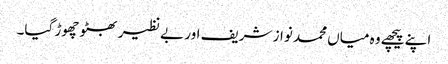
اپنے پیچھے وہ میاں محمد نواز شریف اور بے نظیر بھٹو چھوڑ گیا۔